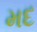
મદ